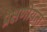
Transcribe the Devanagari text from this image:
प्रेक्षणीयता